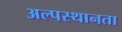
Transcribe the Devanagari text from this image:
अल्पस्थानता